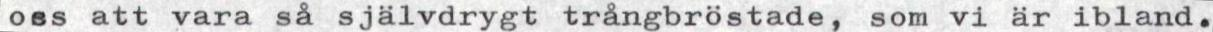
oss att vara så självdrygt trångbröstade, som vi är ibland.